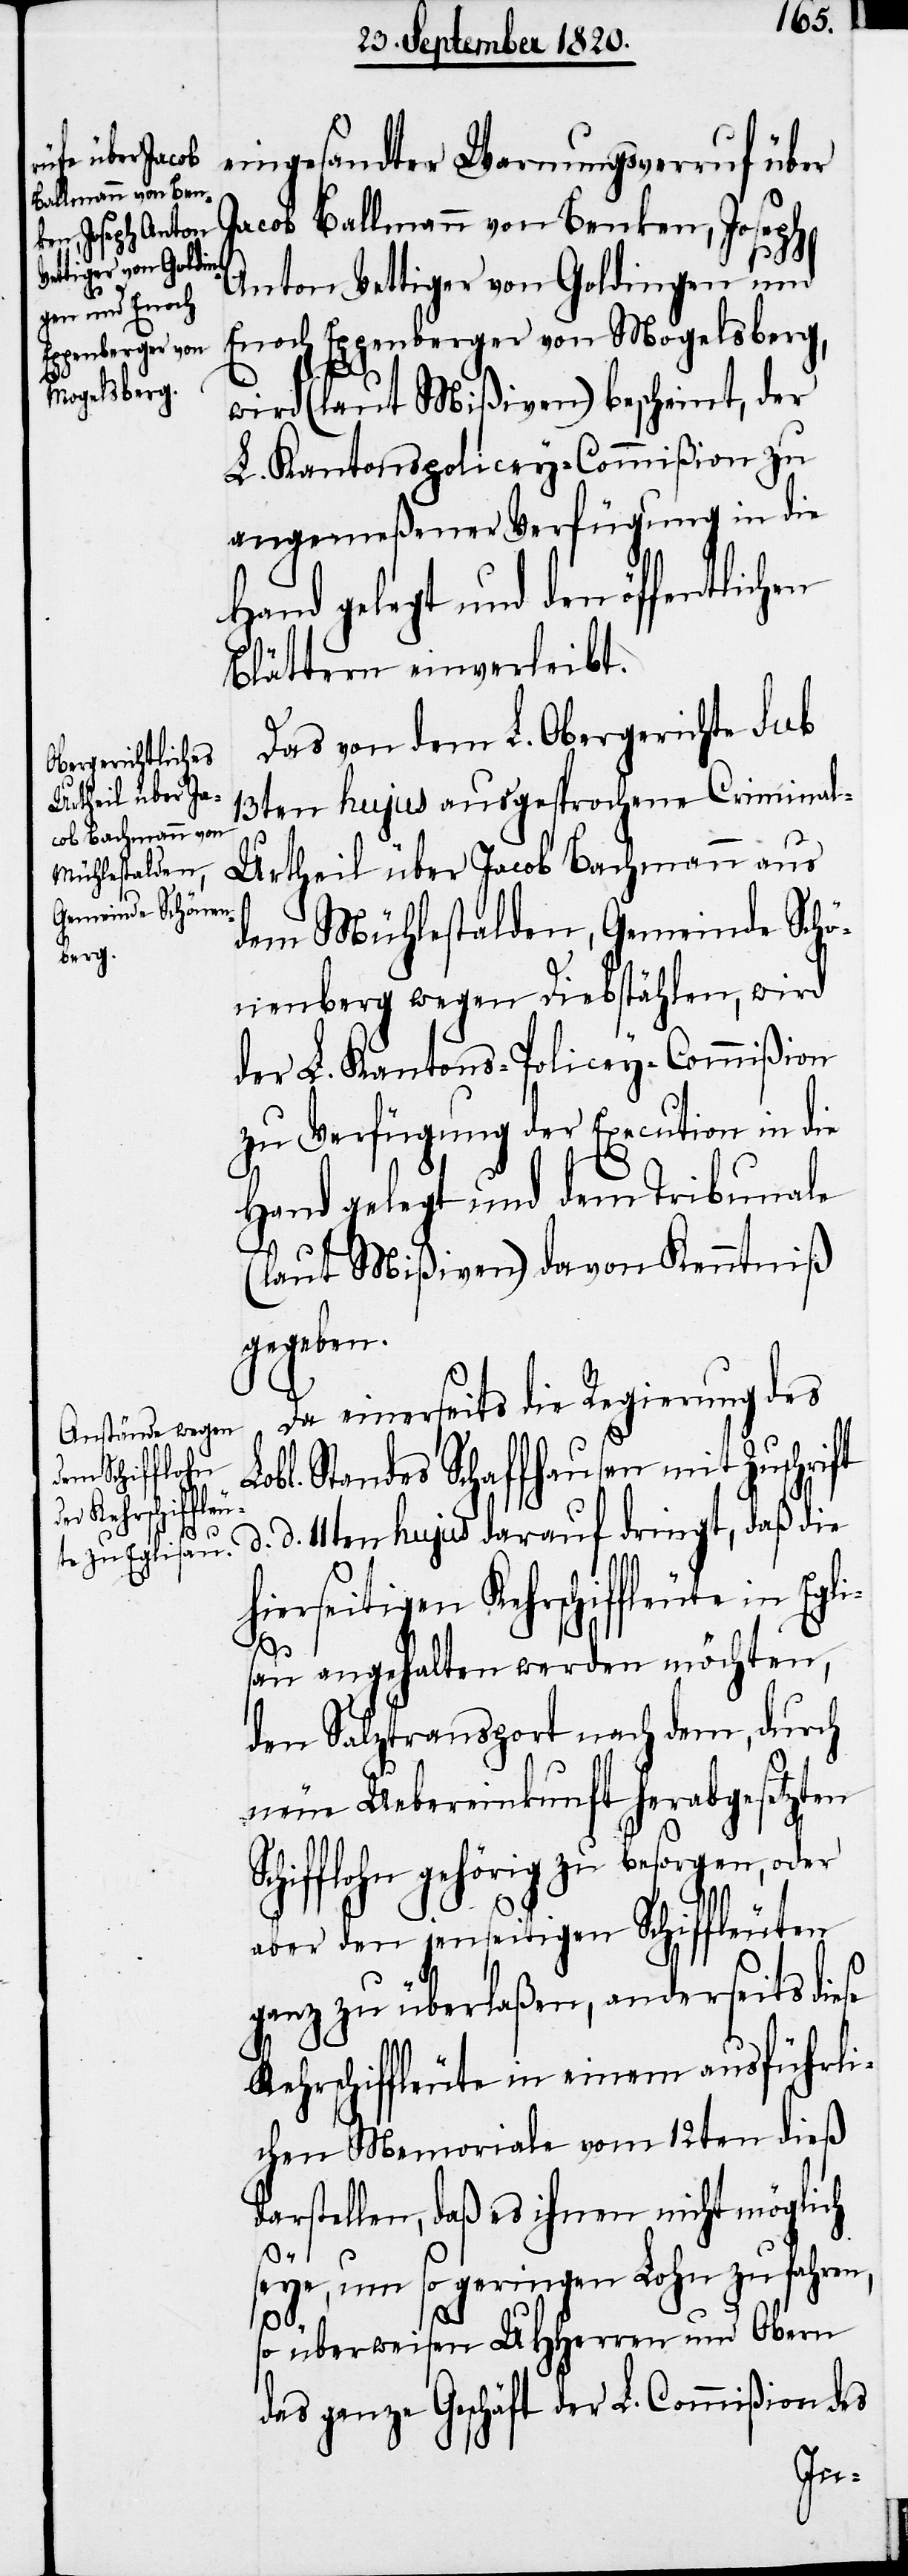
Egli¬

eingesandter Warnungsverruf über
Jacob Ballmann von Benken, Joseph
d.
Anton Vettiger von Goldingen und
Enoch Eggenberger von Mogelsberg,
wird (laut Mißiven) bescheint, der
L. Kantonspolicey-Commißion zu
angemeßener Verfügung in die
Blättern einverleibt.
Das von dem L. Obergerichte sub
13ten hujus ausgesprochene Crimina¬
l-Urtheil über Jacob Bachmann aus
dem Mühlestalden, Gemeinde Schö¬
nenberg wegen Diebstählen, wird
der L. Kantons-Policey-Commißion
zu Verfügung der Execution in die
Hand gelegt und dem Tribunale
(laut Mißiven) da von Kenntniß
gegeben.
Da einerseits die Regierung des
bl. Standes Schaffhausen mit Zuschrift
d. 11ten hujus darauf dringt, daß die
hierseitigen Kehrschiffleute in
sau angehalten werden möchten,
den Salztransport nach dem, durch
neue Uebereinkunft herabgesetzten
hifflohn gehörig zu besorgen, oder
aber den jenseitigen Schiffleuten
ganz zu überlaßen, anderseits diese
Kehrschiffleute in einem ausführli¬
chen Memoriale vom 12ten dieß
darstellen, daß es ihnen nicht möglich
seye, um so geringen Lohn zu fahren,
so überweisen UHherren und Obern
das ganze Geschäft der L. Commißion des
Sc¬

Lo¬